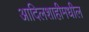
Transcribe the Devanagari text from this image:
आदिलशाहीमधील